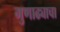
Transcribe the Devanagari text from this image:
गुणाढ्याचा